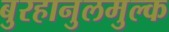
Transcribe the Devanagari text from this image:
बुरहानुलमुल्क